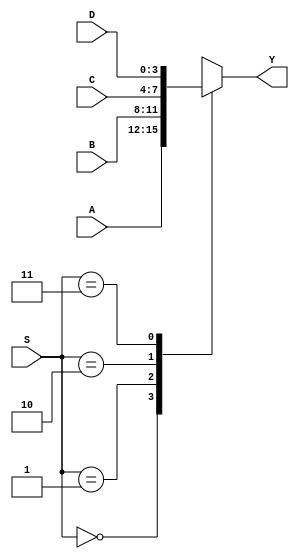
//---------------------Mux 4x1 4bits----------------------
module mux_4x1_4bit (Y, S, A, B, C, D);
	
	//Inputs
	input wire [3:0] A,B,C,D;
	input wire [1:0] S;

	//Outputs
	output reg [3:0] Y;
	
	//Test for selection bit
	always @ (S,A,B,C,D)

	case(S)
		2'b00:	Y=A;
		2'b01:	Y=B;
		2'b10:	Y=C;
		2'b11:	Y=D;
	endcase // S

endmodule // mux_4x1